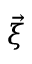
\vec { \xi }